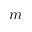
m